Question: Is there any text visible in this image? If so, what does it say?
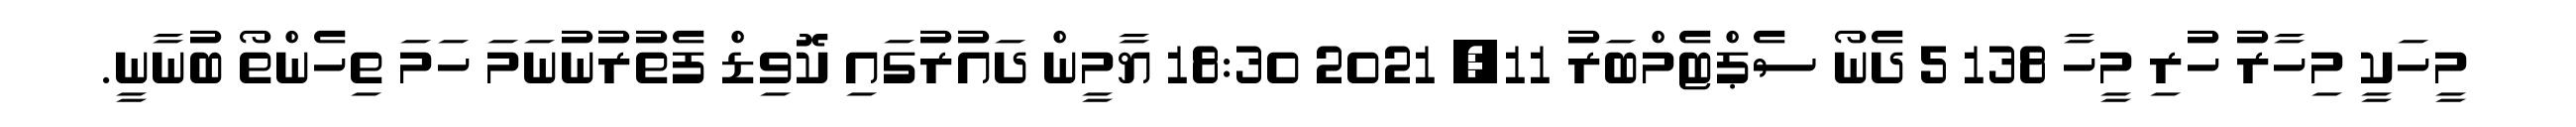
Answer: މީހަކީ މިހާރު ހުރި މީހާ 138 5 ދެނޯ ސެޕްޓެމްބަރު 11, 2021 18:30 ޔާމީން ދައުރުގައި ކޮވިޑް ފެތުރުނުނަމަ ހަމަ ތިހެންތޯ ބުނާނީ.